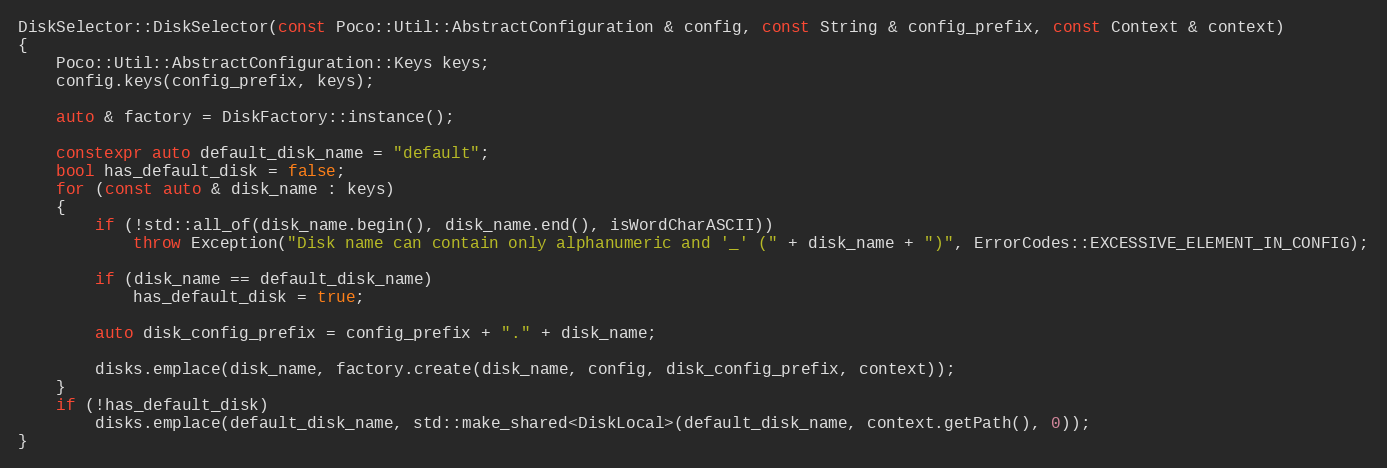
Language: C++
DiskSelector::DiskSelector(const Poco::Util::AbstractConfiguration & config, const String & config_prefix, const Context & context)
{
    Poco::Util::AbstractConfiguration::Keys keys;
    config.keys(config_prefix, keys);

    auto & factory = DiskFactory::instance();

    constexpr auto default_disk_name = "default";
    bool has_default_disk = false;
    for (const auto & disk_name : keys)
    {
        if (!std::all_of(disk_name.begin(), disk_name.end(), isWordCharASCII))
            throw Exception("Disk name can contain only alphanumeric and '_' (" + disk_name + ")", ErrorCodes::EXCESSIVE_ELEMENT_IN_CONFIG);

        if (disk_name == default_disk_name)
            has_default_disk = true;

        auto disk_config_prefix = config_prefix + "." + disk_name;

        disks.emplace(disk_name, factory.create(disk_name, config, disk_config_prefix, context));
    }
    if (!has_default_disk)
        disks.emplace(default_disk_name, std::make_shared<DiskLocal>(default_disk_name, context.getPath(), 0));
}